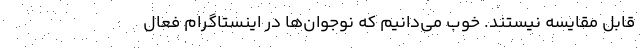
قابل مقایسه نیستند. خوب می‌دانیم که نوجوان‌ها در اینستاگرام فعال